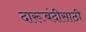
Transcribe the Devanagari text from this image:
दारूबंदीसाठी